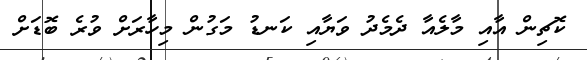
ކޮޗިން އާއި މާލެއާ ދެމެދު ވަޔާއި ކަނޑު މަގުން މިހާރަށް ވުރެ ބޮޑަށް